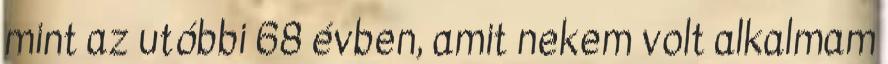
mint az utóbbi 68 évben, amit nekem volt alkalmam